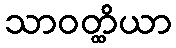
သာဝတ္ထိယာ